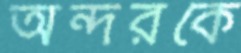
অন্দরকে